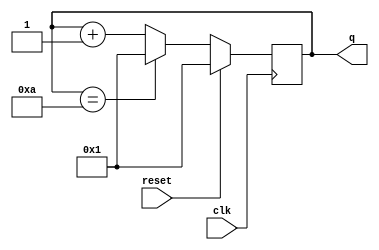
// https://hdlbits.01xz.net/wiki/Count1to10

module top_module (
    input clk,
    input reset,        // Synchronous active-high reset
    output reg [3:0] q);

    always @(posedge clk) begin
        if (reset) begin
            q <= 4'd1;
        end else begin
            q <= q == 4'd10 ? 4'd1 : q + 4'd1;
        end
    end
endmodule